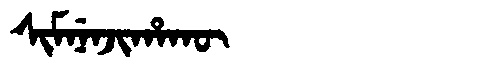
Manchu: ᠰᡳᠮᠨᡝᠨᠵᡳᡥᠠᡴᡡ
Romanization: SIMNENJIHAKŪ